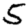
Digit: 5